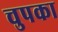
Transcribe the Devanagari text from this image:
चुपका